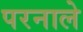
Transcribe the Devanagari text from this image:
परनाले